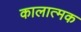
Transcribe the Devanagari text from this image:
कालात्मक